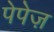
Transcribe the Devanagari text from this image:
पेपेज़